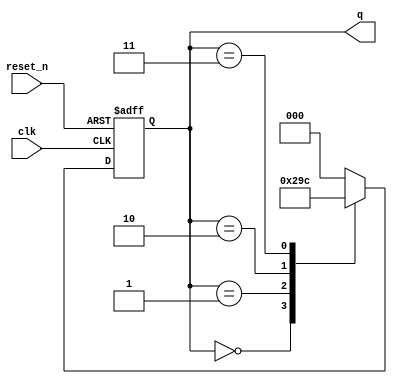
`timescale 1ns / 1ps
module MOd5_counter(input clk, reset_n, output reg [2:0]q);

    always @ (posedge clk, negedge reset_n)
    begin
        if(reset_n == 0)
        begin
            q<=3'b000;
        end
        else
        begin
            casex(q)
                3'b000 : q<=3'b001;
                3'b001 : q<=3'b010;
                3'b010 : q<=3'b011;
                3'b011 : q<=3'b100;
                3'b100 : q<=3'b000;
                default: q<=3'b000;
            endcase
        end
    end  
endmodule